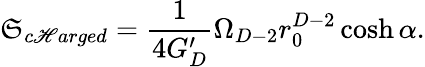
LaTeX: \mathfrak{S}_{c\mathscr{H}arged}={\frac{{1}}{{4G_{D}^{\prime}}}}\Omega_{D-2}r_{0}^{D-2}\cosh\alpha.